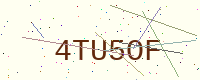
Text: 4TU5OF